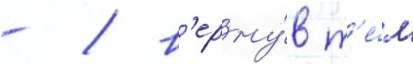
- / в'ерну́в т'е́м